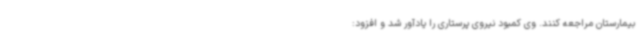
بیمارستان مراجعه کنند. وی کمبود نیروی پرستاری را یادآور شد و افزود: